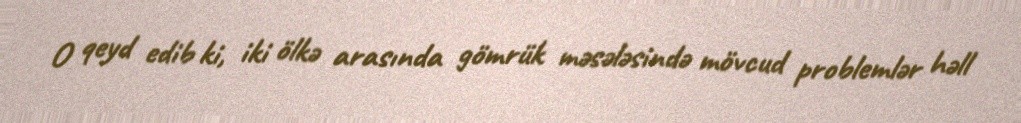
O qeyd edib ki, iki ölkə arasında gömrük məsələsində mövcud problemlər həll